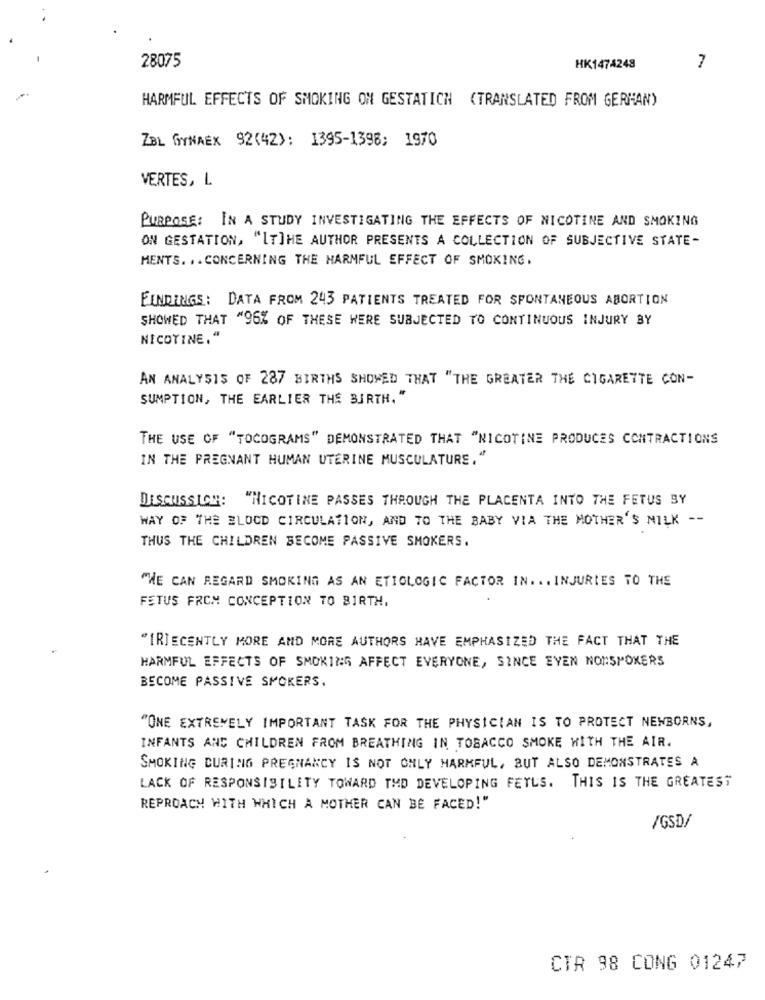
28075
HK1474248
7
HARMFUL EFFECTS OF SMOKING ON GESTATICH (TRANSLATED FROM GERMAN)
ZBL OYNAEX 92(42): 1395-1398: 1970
VERTES, L
PURPOSE: IN A STUDY INVESTIGATING THE EFFECTS OF NICOTINE AND SMOKING
ON GESTATION, "ITTHE AUTHOR PRESENTS A COLLECTION OF SUBJECTIVE STATE-
MENTS. .. CONCERNING THE HARMFUL EFFECT OF SMOKING.
FINDINGS: DATA FROM 243 PATIENTS TREATED FOR SPONTANEOUS ABORTION
SHOWED THAT "96% OF THESE WERE SUBJECTED TO CONTINUOUS INJURY BY
NICOTINE."
AN ANALYSIS OF 287 BIRTHS SHOWED THAT "THE GREATER THE CIGARETTE CON-
SUMPTION, THE EARLIER THE BIRTH."
THE USE OF "TOCOGRAMS" DEMONSTRATED THAT "NICOTINE PRODUCES CONTRACTIONS
IN THE PREGNANT HUMAN UTERINE MUSCULATURE."
DISCUSSION: "NICOTINE PASSES THROUGH THE PLACENTA INTO THE FETUS BY
WAY OF THE BLOOD CIRCULATION, AND TO THE BABY VIA THE MOTHER'S MILK --
THUS THE CHILDREN BECOME PASSIVE SMOKERS.
"HE CAN REGARD SMOKING AS AN ETIGLOGIC FACTOR IN. .. INJURIES TO THE
FETUS FROM CONCEPTION TO BIRTH,
"IRECENTLY MORE AND MORE AUTHORS HAVE EMPHASIZED THE FACT THAT THE
HARMFUL EFFECTS OF SMOKING AFFECT EVERYONE, SINCE EYEN NONSMOKERS
BECOME PASSIVE SMOKERS.
"ONE EXTREMELY IMPORTANT TASK FOR THE PHYSICIAN IS TO PROTECT NEWBORNS,
INFANTS AND CHILDREN FROM BREATHING IN TOBACCO SMOKE WITH THE AIR.
SMOKING DURING PREGNANCY IS NOT ONLY HARMFUL, BUT ALSO DEMONSTRATES A
LACK OF RESPONSIBILITY TOWARD THE DEVELOPING FEYLS. THIS IS THE GREATEST
REPROACH WITH WHICH A MOTHER CAN BE FACED!"
/GSD/
CTR 98 CONG 01247